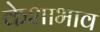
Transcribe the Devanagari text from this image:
केशाभाव